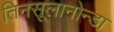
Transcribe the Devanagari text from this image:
तिनसूलानोन्डा